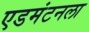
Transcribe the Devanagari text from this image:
एडमंटनला